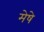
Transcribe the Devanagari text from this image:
मेषे